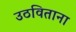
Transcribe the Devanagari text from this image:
उठविताना